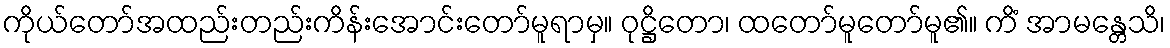
ကိုယ်တော်အထည်းတည်းကိန်းအောင်းတော်မူရာမှ။ ဝုဋ္ဌိတော၊ ထတော်မူတော်မူ၏။ ကိံ အာမန္တေသိ၊